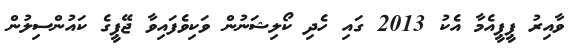
ވާއިރު ޕީޕީއެމާ އެކު 2013 ގައި ހެދި ކޯލިޝަނުން ވަކިވެފައިވާ ޖޭޕީގެ ކައުންސިލުން